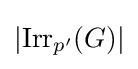
|{\textrm {Irr}}_{p'}(G)|